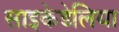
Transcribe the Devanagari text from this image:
साइकेडेलिया